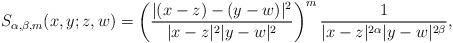
LaTeX: \begin{align*} S_{\alpha, \beta, m}(x, y; z, w)=\left( \frac{|(x-z)-(y-w)|^2}{|x-z|^{2}|y-w|^{2}}\right)^m \frac{1}{|x-z|^{2\alpha}|y-w|^{2\beta}},\end{align*}